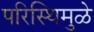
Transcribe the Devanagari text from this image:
परिस्थिमुळे